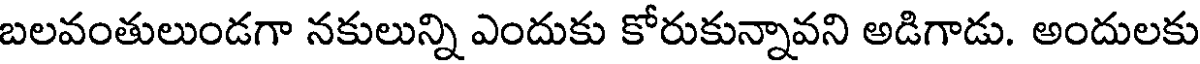
బలవంతులుండగా నకులున్ని ఎందుకు కోరుకున్నావని అడిగాడు. అందులకు